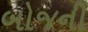
બોજની